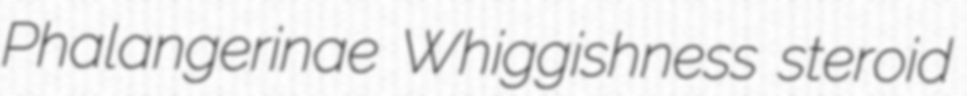
Phalangerinae Whiggishness steroid